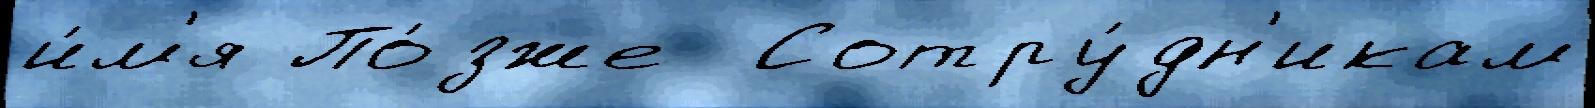
и́м'я По́зже  Сотру́дн'икам